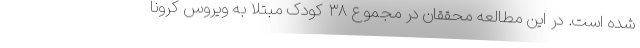
شده است. در این مطالعه محققان در مجموع ۳۸ کودک مبتلا به ویروس کرونا